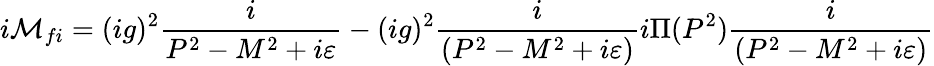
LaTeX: i{\cal M}_{fi}=(ig)^{2}{\frac{i}{P^{2}-M^{2}+i\varepsilon}}-(ig)^{2}{\frac{i}{(P^{2}-M^{2}+i\varepsilon)}}i\Pi(P^{2}){\frac{i}{(P^{2}-M^{2}+i\varepsilon)}}